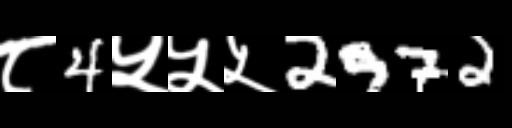
Text: ८4५५५2972